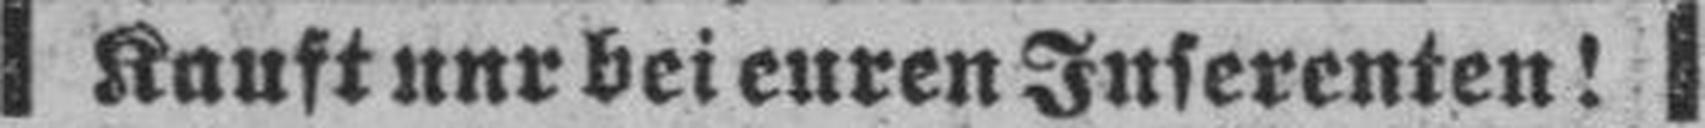
Kauft nur bei euren Inserenten!